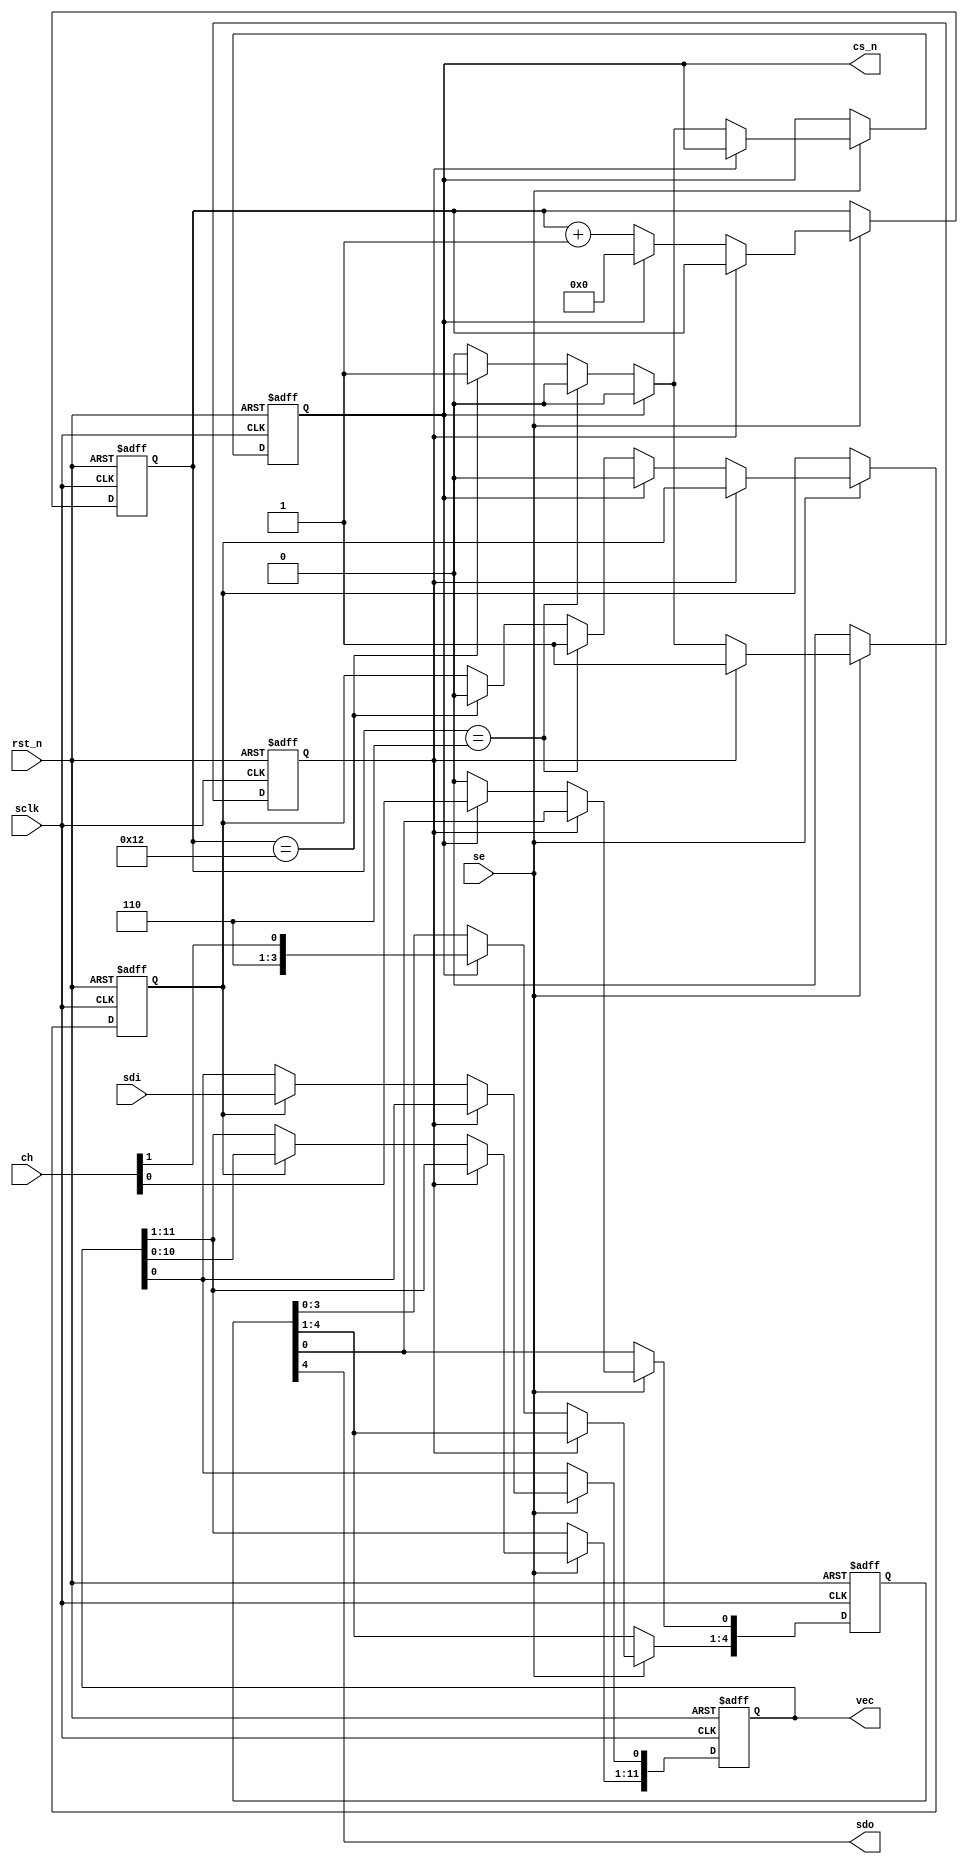
`timescale 1ns / 1ps
//////////////////////////////////////////////////////////////////////////////////
// Company: 
// Engineer: 
// 
// Design Name: 
// Module Name: adc_get
// Project Name: 
// Target Devices: MCP3204
// Tool Versions: 
// Description: 
// 
// Dependencies: 
// 
// Revision:
// Revision 0.01 - File Created
// Additional Comments:
// 
//////////////////////////////////////////////////////////////////////////////////

// Session starts with assertion of se  with a specified channel
// At the first negative edge of sclk, cs is asserted simultaneously with start bit.
// And, { x, ch[1], ch[0]} follows.
// At the forth positive edge after sending ch[0], 12bit data comes with MSB first manner.
// At the negative edge after capturing 12bit, cs is deasserted and the vec is on the output.
// Session ends with deassertion of se. vec outputs values obtained in the previous session.
// 
// Note that, the session completes after counting 20 negative edges
// 
module adc_get(
    input rst_n,
    input se,
    input [1:0] ch,
    input sclk,
    input sdi,
    output sdo,
    output cs_n,
    output [11:0] vec
    );
    
    reg [11:0] r_vec;
    reg [4:0] r_cmd;
    reg [4:0] r_cnt;
    reg r_cs_n;
    reg r_done;
    reg r_de;
    assign cs_n = r_cs_n;
    assign sdo = r_cmd[4];
    always @(negedge sclk or negedge rst_n) begin
        if(rst_n == 1'b0) begin
            r_cs_n <= 1'b1;
            r_cmd <= 5'b00000;
            r_cnt <= 5'd0;
            r_done <= 1'b0;
            r_de <= 1'b0;
        end else begin
            if(se == 1'b1) begin
                if(r_done == 1'b0) begin
                    if(r_cs_n == 1'b1) begin
                        r_cs_n <= 1'b0;
                        r_cmd <= {3'b110, ch}; // {start bit, single channel flag, don't care, channel index}
                        r_cnt <= 5'd0; 
                        r_de <= 1'b0;
                    end else begin
                        r_cmd[4:1] <= r_cmd[3:0];
                        r_cmd[0] <= 1'b0;
                    
                        r_cnt <= r_cnt + 1;
                        if(r_cnt == 5'd6) begin
                            r_de <= 1'b1;
                        end else if(r_cnt == 5'd18) begin
                            r_de <= 1'b0;
                            r_done <= 1'b1;
                            r_cs_n <= 1'b1;
                        end 
                    end
                end
            end else begin
                r_done <= 1'b0;
            end 
        end
    end
    
    assign vec = r_vec;
    always @(posedge sclk or negedge rst_n) begin
        if(rst_n == 1'b0) begin
            r_vec <= 12'd0;
        end else begin
            if(se == 1'b1) begin
                if(r_done == 1'b0) begin
                    if(r_de == 1'b1) begin
                        r_vec[0] <= sdi;
                        r_vec[11:1] <= r_vec[10:0];
                    end
                end
            end 
        end
    end
    
endmodule